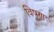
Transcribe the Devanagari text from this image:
विषण